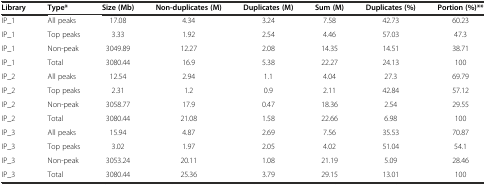
<table><thead><tr><td><b>Library</b></td><td><b>Type*</b></td><td><b>Size (Mb)</b></td><td><b>Non-duplicates (M)</b></td><td><b>Duplicates (M)</b></td><td><b>Sum (M)</b></td><td><b>Duplicates (%)</b></td><td><b>Portion (%)**</b></td></tr></thead><tbody><tr><td>IP_1</td><td>All peaks</td><td>17.08</td><td>4.34</td><td>3.24</td><td>7.58</td><td>42.73</td><td>60.23</td></tr><tr><td>IP_1</td><td>Top peaks</td><td>3.33</td><td>1.92</td><td>2.54</td><td>4.46</td><td>57.03</td><td>47.3</td></tr><tr><td>IP_1</td><td>Non-peak</td><td>3049.89</td><td>12.27</td><td>2.08</td><td>14.35</td><td>14.51</td><td>38.71</td></tr><tr><td>IP_1</td><td>Total</td><td>3080.44</td><td>16.9</td><td>5.38</td><td>22.27</td><td>24.13</td><td>100</td></tr><tr><td>IP_2</td><td>All peaks</td><td>12.54</td><td>2.94</td><td>1.1</td><td>4.04</td><td>27.3</td><td>69.79</td></tr><tr><td>IP_2</td><td>Top peaks</td><td>2.31</td><td>1.2</td><td>0.9</td><td>2.11</td><td>42.84</td><td>57.12</td></tr><tr><td>IP_2</td><td>Non-peak</td><td>3058.77</td><td>17.9</td><td>0.47</td><td>18.36</td><td>2.54</td><td>29.55</td></tr><tr><td>IP_2</td><td>Total</td><td>3080.44</td><td>21.08</td><td>1.58</td><td>22.66</td><td>6.98</td><td>100</td></tr><tr><td>IP_3</td><td>All peaks</td><td>15.94</td><td>4.87</td><td>2.69</td><td>7.56</td><td>35.53</td><td>70.87</td></tr><tr><td>IP_3</td><td>Top peaks</td><td>3.02</td><td>1.97</td><td>2.05</td><td>4.02</td><td>51.04</td><td>54.1</td></tr><tr><td>IP_3</td><td>Non-peak</td><td>3053.24</td><td>20.11</td><td>1.08</td><td>21.19</td><td>5.09</td><td>28.46</td></tr><tr><td>IP_3</td><td>Total</td><td>3080.44</td><td>25.36</td><td>3.79</td><td>29.15</td><td>13.01</td><td>100</td></tr></tbody></table>